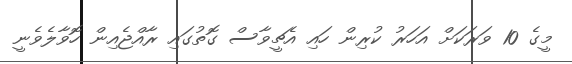
މީގެ 10 ވަރަކަށް އަހަރު ކުރިން ހައި އެޗީވާސް ގޮތުގައި ރާއްޖެއިން ހޮވާލެވެނީ